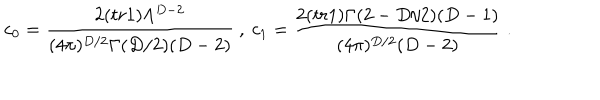
c _ { 0 } = \frac { 2 ( t r 1 ) \Lambda ^ { D - 2 } } { ( 4 \pi ) ^ { D / 2 } \Gamma ( D / 2 ) ( D - 2 ) } \ , \ c _ { 1 } = \frac { 2 ( t r 1 ) \Gamma ( 2 - D / 2 ) ( D - 1 ) } { ( 4 \pi ) ^ { D / 2 } ( D - 2 ) } \ .